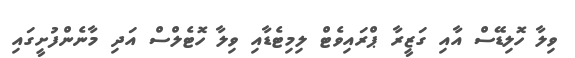
ވިލާ ހޮލިޑޭސް އާއި ގަޒީރާ ޕްރައިވެޓް ލިމިޓެޑާއި ވިލާ ހޮޓެލްސް އަދި މާނެންފުށީގައި